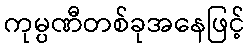
ကုမ္ပဏီတစ်ခုအနေဖြင့်